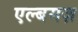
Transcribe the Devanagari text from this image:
एल्बमज़